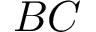
B C